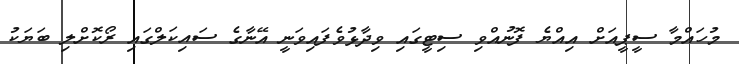
މުހައްމާ ސީޕީއަށް އިއްޔެ ފޮނުއްވި ސިޓީގައި ވިދާޅުވެފައިވަނީ އޭނާގެ ސައިކަލްގައި ރޯކޮށްލި ބަޔަކު